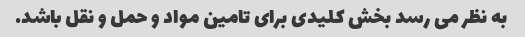
به نظر می رسد بخش کلیدی برای تامین مواد و حمل و نقل باشد.